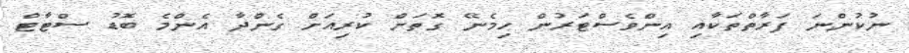
ނުކުންނަ ފަރާތްތަކާއި އިންވެސްޓަރުން ހިމެނޭ ގޮތަށް ކުރިއަށް ގެންދާ އެންމެ ބޮޑު ސްޓާޓް